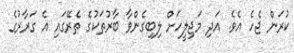
ކުރަން ޖެހެ އެވެ. އަދި މަޖިލީހަށް ލިބިގެންވާ ބާރުތަކުގެ ތެރޭގައި އެ ގަރާރުގެ